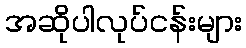
အဆိုပါလုပ်ငန်းများ